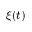
\xi ( t )